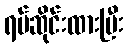
ရပ်ဆိုင်းထားပြီး